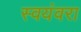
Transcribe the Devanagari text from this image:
स्वयंवरा